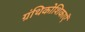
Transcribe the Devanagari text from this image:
ग्रंथिकोशिकाएँ